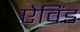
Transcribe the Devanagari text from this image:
ऐविंड